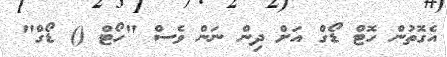
އެގޮތުން ހޮޓް ޑޯގް އަށް ދިން ނަން ވެސް "ހޯޓް () ޑޯގް"